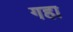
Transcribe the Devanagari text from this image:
गहा